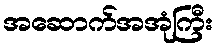
အဆောက်အအုံကြီး